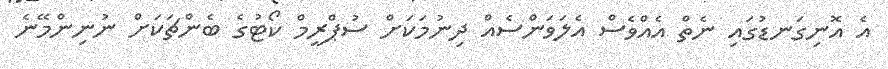
އެ އޮނިގަނޑުގައި ނެތް އެއްވެސް އެލަވަންސެއް ދިނުމަކަށް ސުޕްރީމް ކޯޓުގެ ބެންޗަކަށް ނުނިންމޭނެ